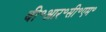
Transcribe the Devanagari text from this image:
बी॰आर॰सी॰एम॰